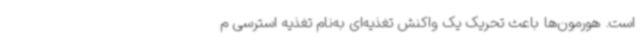
است. هورمون‌ها باعث تحریک یک واکنش تغذیه‌ای به‌نام تغذیه استرسی م